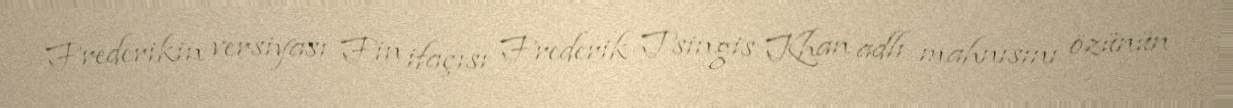
Frederikin versiyası Fin ifaçısı Frederik Tsingis Khan adlı mahnısını özünün